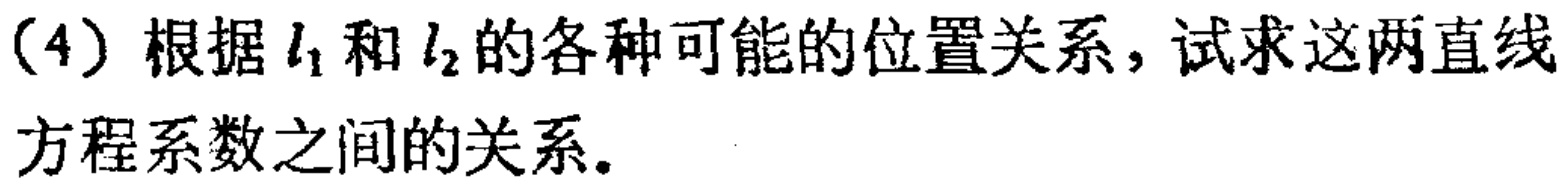
(4) 根据 \(l_{1}\) 和 \(l_{2}\) 的各种可能的位置关系，试求这两直线方程系数之间的关系。